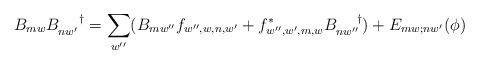
\begin{align*}B_{mw}B_{nw^{\prime}}^{\;\;\;\;\;\;\dagger} = \sum_{w^{\prime\prime}} (B_{mw^{\prime\prime}}f_{w^{\prime\prime},w,n,w^{\prime}} + f^{*}_{w^{\prime\prime},w^{\prime},m,w}B_{nw^{\prime\prime}}^{\;\;\;\;\;\;\dagger}) + E_{mw;nw^{\prime}}(\phi)\end{align*}